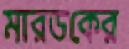
মারডকের